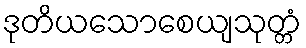
ဒုတိယသောစေယျသုတ္တံ